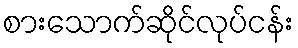
စားသောက်ဆိုင်လုပ်ငန်း